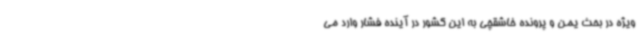
ویژه در بحث یمن و پرونده خاشقچی به این کشور در آینده فشار وارد می